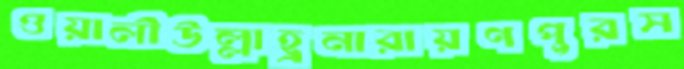
ওয়ালীউল্লাহ্রনারায়ণপুরস